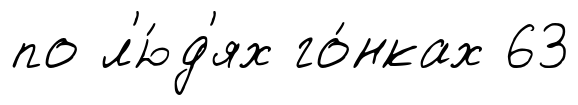
по л'ю́д'ях го́нках 63